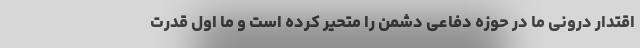
اقتدار درونی ما در حوزه دفاعی دشمن را متحیر کرده است و ما اول قدرت